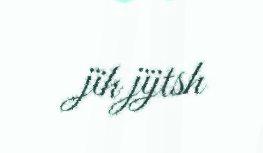
jïh jïjtsh